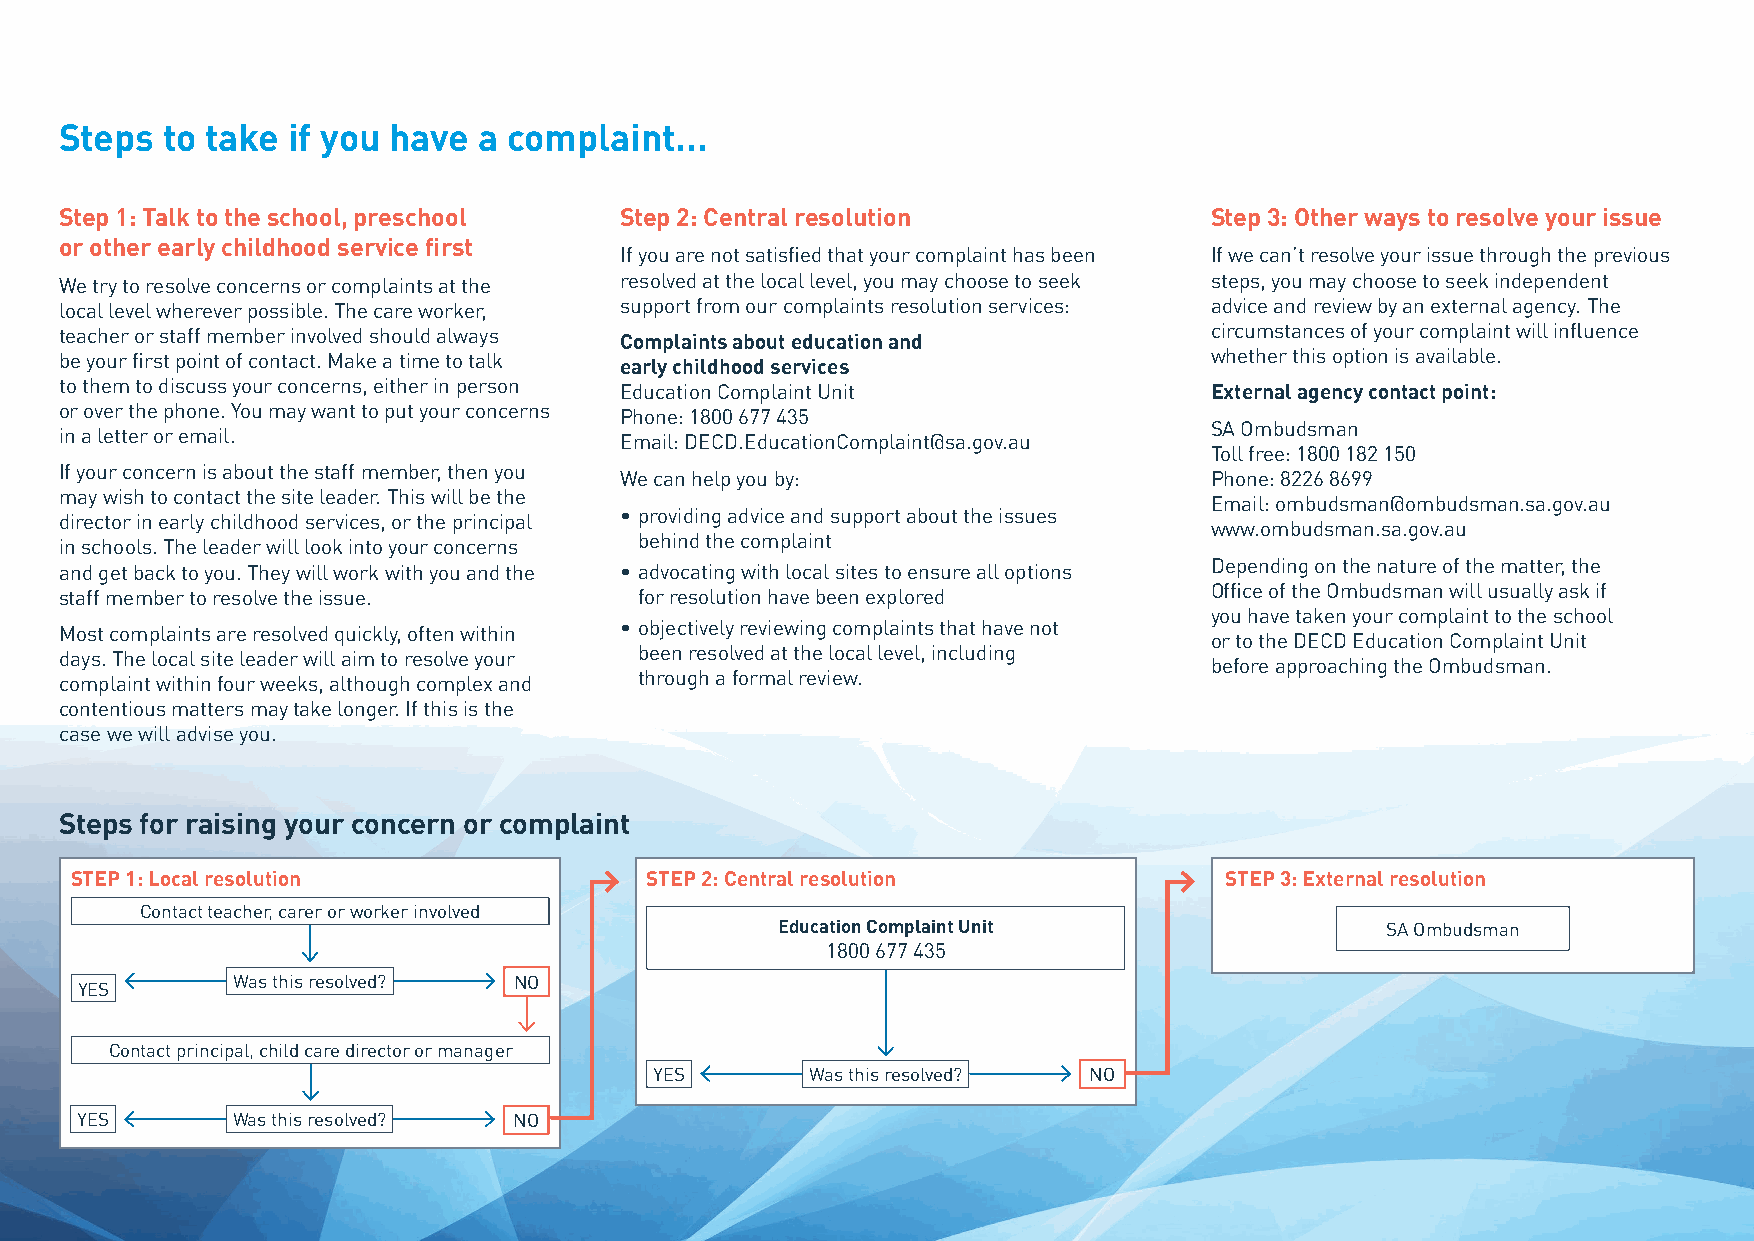
Steps  to take if you have  a complaint...
 Step 1: Talk to the school, preschool Step 2: Central resolution            Step 3: Other ways to resolve your issue
 or other early childhood service first
 If you are not satisfied that your complaint has been If we can’t resolve your issue through the previous
 We try to resolve concerns or complaints at the resolved at the local level, you may choose to seek steps, you may choose to seek independent
 local level wherever possible. The care worker, support from our complaints resolution services: advice and review by an external agency. The
 teacher or staff member involved should always                              circumstances of your complaint will influence
 Complaints about education and
 be your first point of contact. Make a time to talk                         whether this option is available.
 early childhood services
 to them to discuss your concerns, either in person
 Education Complaint Unit               External agency contact point:
 or over the phone. You may want to put your concerns
 Phone: 1800 677 435
 SA Ombudsman
 in a letter or email.
 Email: DECD.EducationComplaint@sa.gov.au
 Toll free: 1800 182 150
 If your concern is about the staff member, then you
 We can help you by:                    Phone: 8226 8699
 may wish to contact the site leader. This will be the
 Email: ombudsman@ombudsman.sa.gov.au
 • providing advice and support about the issues
 director in early childhood services, or the principal
 www.ombudsman.sa.gov.au
 behind the complaint
 in schools. The leader will look into your concerns
 and get back to you. They will work with you and the • advocating with local sites to ensure all options Depending on the nature of the matter, the
 staff member to resolve the issue.    for resolution have been explored     Office of the Ombudsman will usually ask if
 you have taken your complaint to the school
 • objectively reviewing complaints that have not
 Most complaints are resolved quickly, often within
 or to the DECD Education Complaint Unit
 been resolved at the local level, including
 days. The local site leader will aim to resolve your
 before approaching the Ombudsman.
 through a formal review.
 complaint within four weeks, although complex and
 contentious matters may take longer. If this is the
 case we will advise you.
 Steps for raising your concern or complaint
 STEP 1: Local resolution              STEP 2: Central resolution            STEP 3: External resolution
 Contact teacher, carer or worker involved
 Education Complaint Unit                SA Ombudsman
 1800 677 435
 Was this resolved? NO
 YES
 Contact principal, child care director or manager
 YES        Was this resolved? NO
 YES       Was this resolved? NO